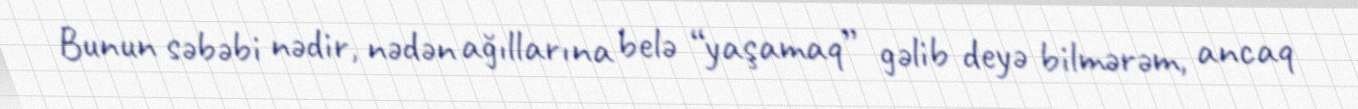
Bunun səbəbi nədir, nədən ağıllarına belə “yaşamaq” gəlib deyə bilmərəm, ancaq